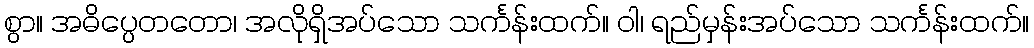
စွာ။ အဓိပ္ပေတတော၊ အလိုရှိအပ်သော သင်္ကန်းထက်။ ဝါ၊ ရည်မှန်းအပ်သော သင်္ကန်းထက်။